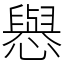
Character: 㦛